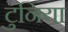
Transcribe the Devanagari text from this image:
टुनिया